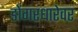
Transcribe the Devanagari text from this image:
डोंगरधारेवर